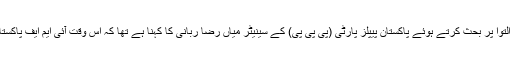
سینیٹ میں پیٹرولیم مصنوعات کی قیمتوں میں اضافے پر تحریک التوا پر بحث کرتے ہوئے پاکستان پیپلز پارٹی (پی پی پی) کے سینیٹر میاں رضا ربانی کا کہنا ہے تھا کہ اس وقت آئی ایم ایف پاکستان کے آئندہ مالی سال کے بجٹ پر ہدایات دینے میں مصروف ہے۔